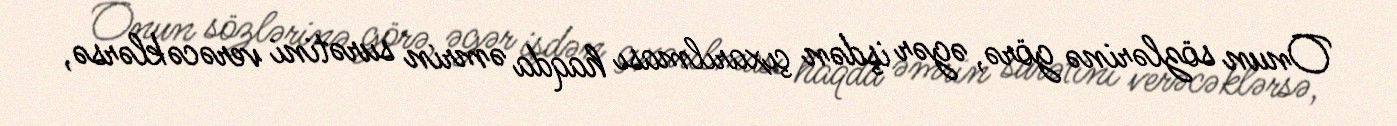
Onun sözlərinə görə, əgər işdən çıxarılması haqda əmrin surətini verəcəklərsə,